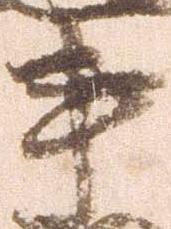
事